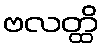
ဗလတ္ထိ